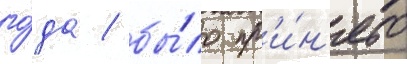
го́да / бы́ло пр'и́н'ято